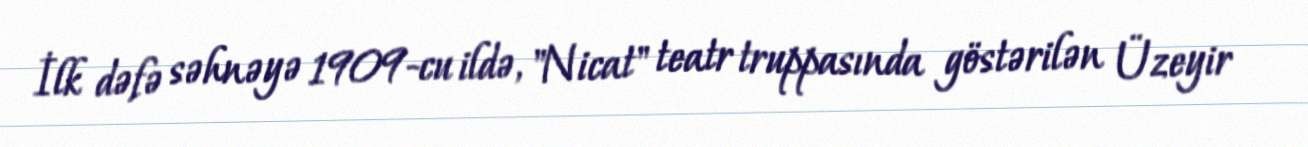
İlk dəfə səhnəyə 1909-cu ildə, "Nicat" teatr truppasında göstərilən Üzeyir